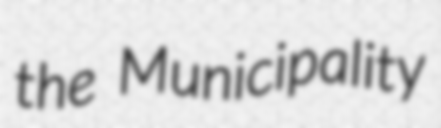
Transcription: the Municipality